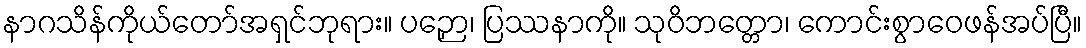
နာဂသိန်ကိုယ်တော်အရှင်ဘုရား။ ပဉှော၊ ပြဿနာကို။ သုဝိဘတ္တော၊ ကောင်းစွာဝေဖန်အပ်ပြီ။